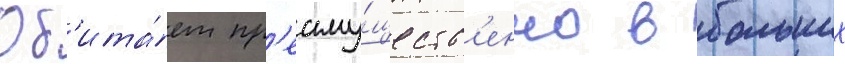
Об'ита́ет пр'еиму́ществ'енно в больших